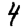
Digit: 4